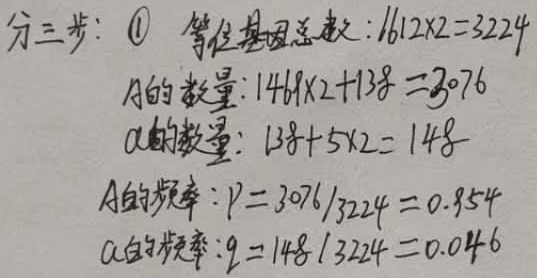
分三步：\textcircled{1} 等位基因总数：\(1612\times2 = 3224\)
\(A\)的数量：\(1469\times2 + 138=3076\)
\(a\)的数量：\(138 + 5\times2 = 148\)
\(A\)的频率：\(p = 3076\div3224 = 0.954\)
\(a\)的频率：\(q = 148\div3224 = 0.046\)